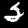
Label: 2